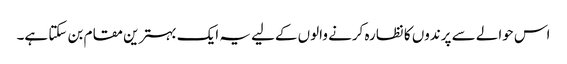
اس حوالے سے پرندوں کا نظارہ کرنے والوں کےلیے یہ ایک بہترین مقام بن سکتا ہے۔